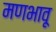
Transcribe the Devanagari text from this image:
मणभावू